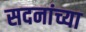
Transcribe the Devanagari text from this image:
सदनांच्या